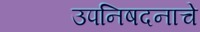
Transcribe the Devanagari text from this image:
उपनिषदनाचे